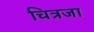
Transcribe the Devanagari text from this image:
चित्रजा